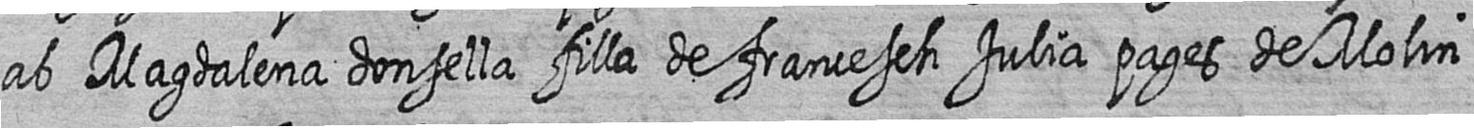
ab Magdalena donsella filla de francesch Julia pages de Molin